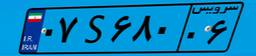
۰۷S۶۸۰۰۶